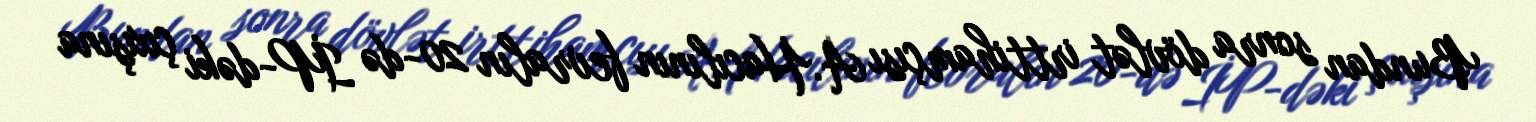
Bundan sonra dövlət irttihamçısı A.Hacılının fevralın 20-də İP-dəki çıxışına